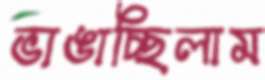
ভাঙাচ্ছিলাম